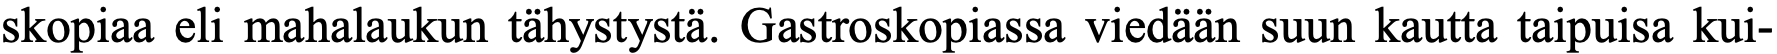
skopiaa eli mahalaukun tähystystä. Gastroskopiassa viedään suun kautta taipuisa kui-